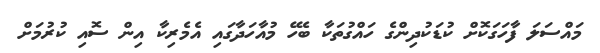
މައްސަލަ ފާހަގަކޮށް ކުޑަކުދިންގެ ހައްގުތަކާ ބެހޭ މުއާހަދާގައި އެމެރިކާ އިން ސޮއި ކުރުމަށް